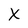
Character: X